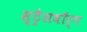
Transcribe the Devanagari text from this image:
स्ट्रैसबॉर्ग